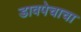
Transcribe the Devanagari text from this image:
डावपेचाचा